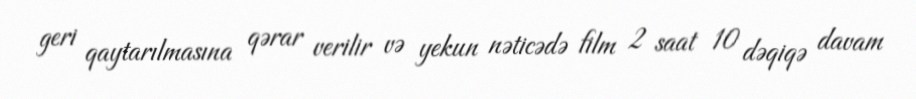
geri qaytarılmasına qərar verilir və yekun nəticədə film 2 saat 10 dəqiqə davam